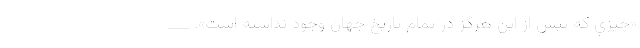
«چيزي كه پيش از اين هرگز در تمام تاريخ جهان وجود نداشته است». ___